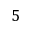
5